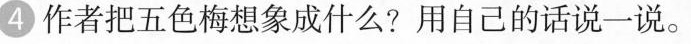
4作者把五色梅想象成什么?用自己的话说一说。